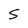
Character: S